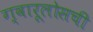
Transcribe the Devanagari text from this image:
ग्वारूलोसची